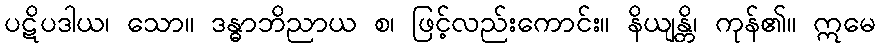
ပဋိပဒါယ၊ သော။ ဒန္ဓာဘိညာယ စ၊ ဖြင့်လည်းကောင်း။ နိယျန္တိ၊ ကုန်၏။ ဣမေ